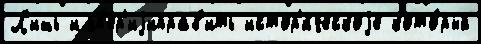
Л'ишь имп'ер'иjиправ'ить истор'и́ческоjе кото́рый